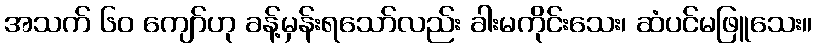
အသက် ၆၀ ကျော်ဟု ခန့်မှန်းရသော်လည်း ခါးမကိုင်းသေး၊ ဆံပင်မဖြူသေး။